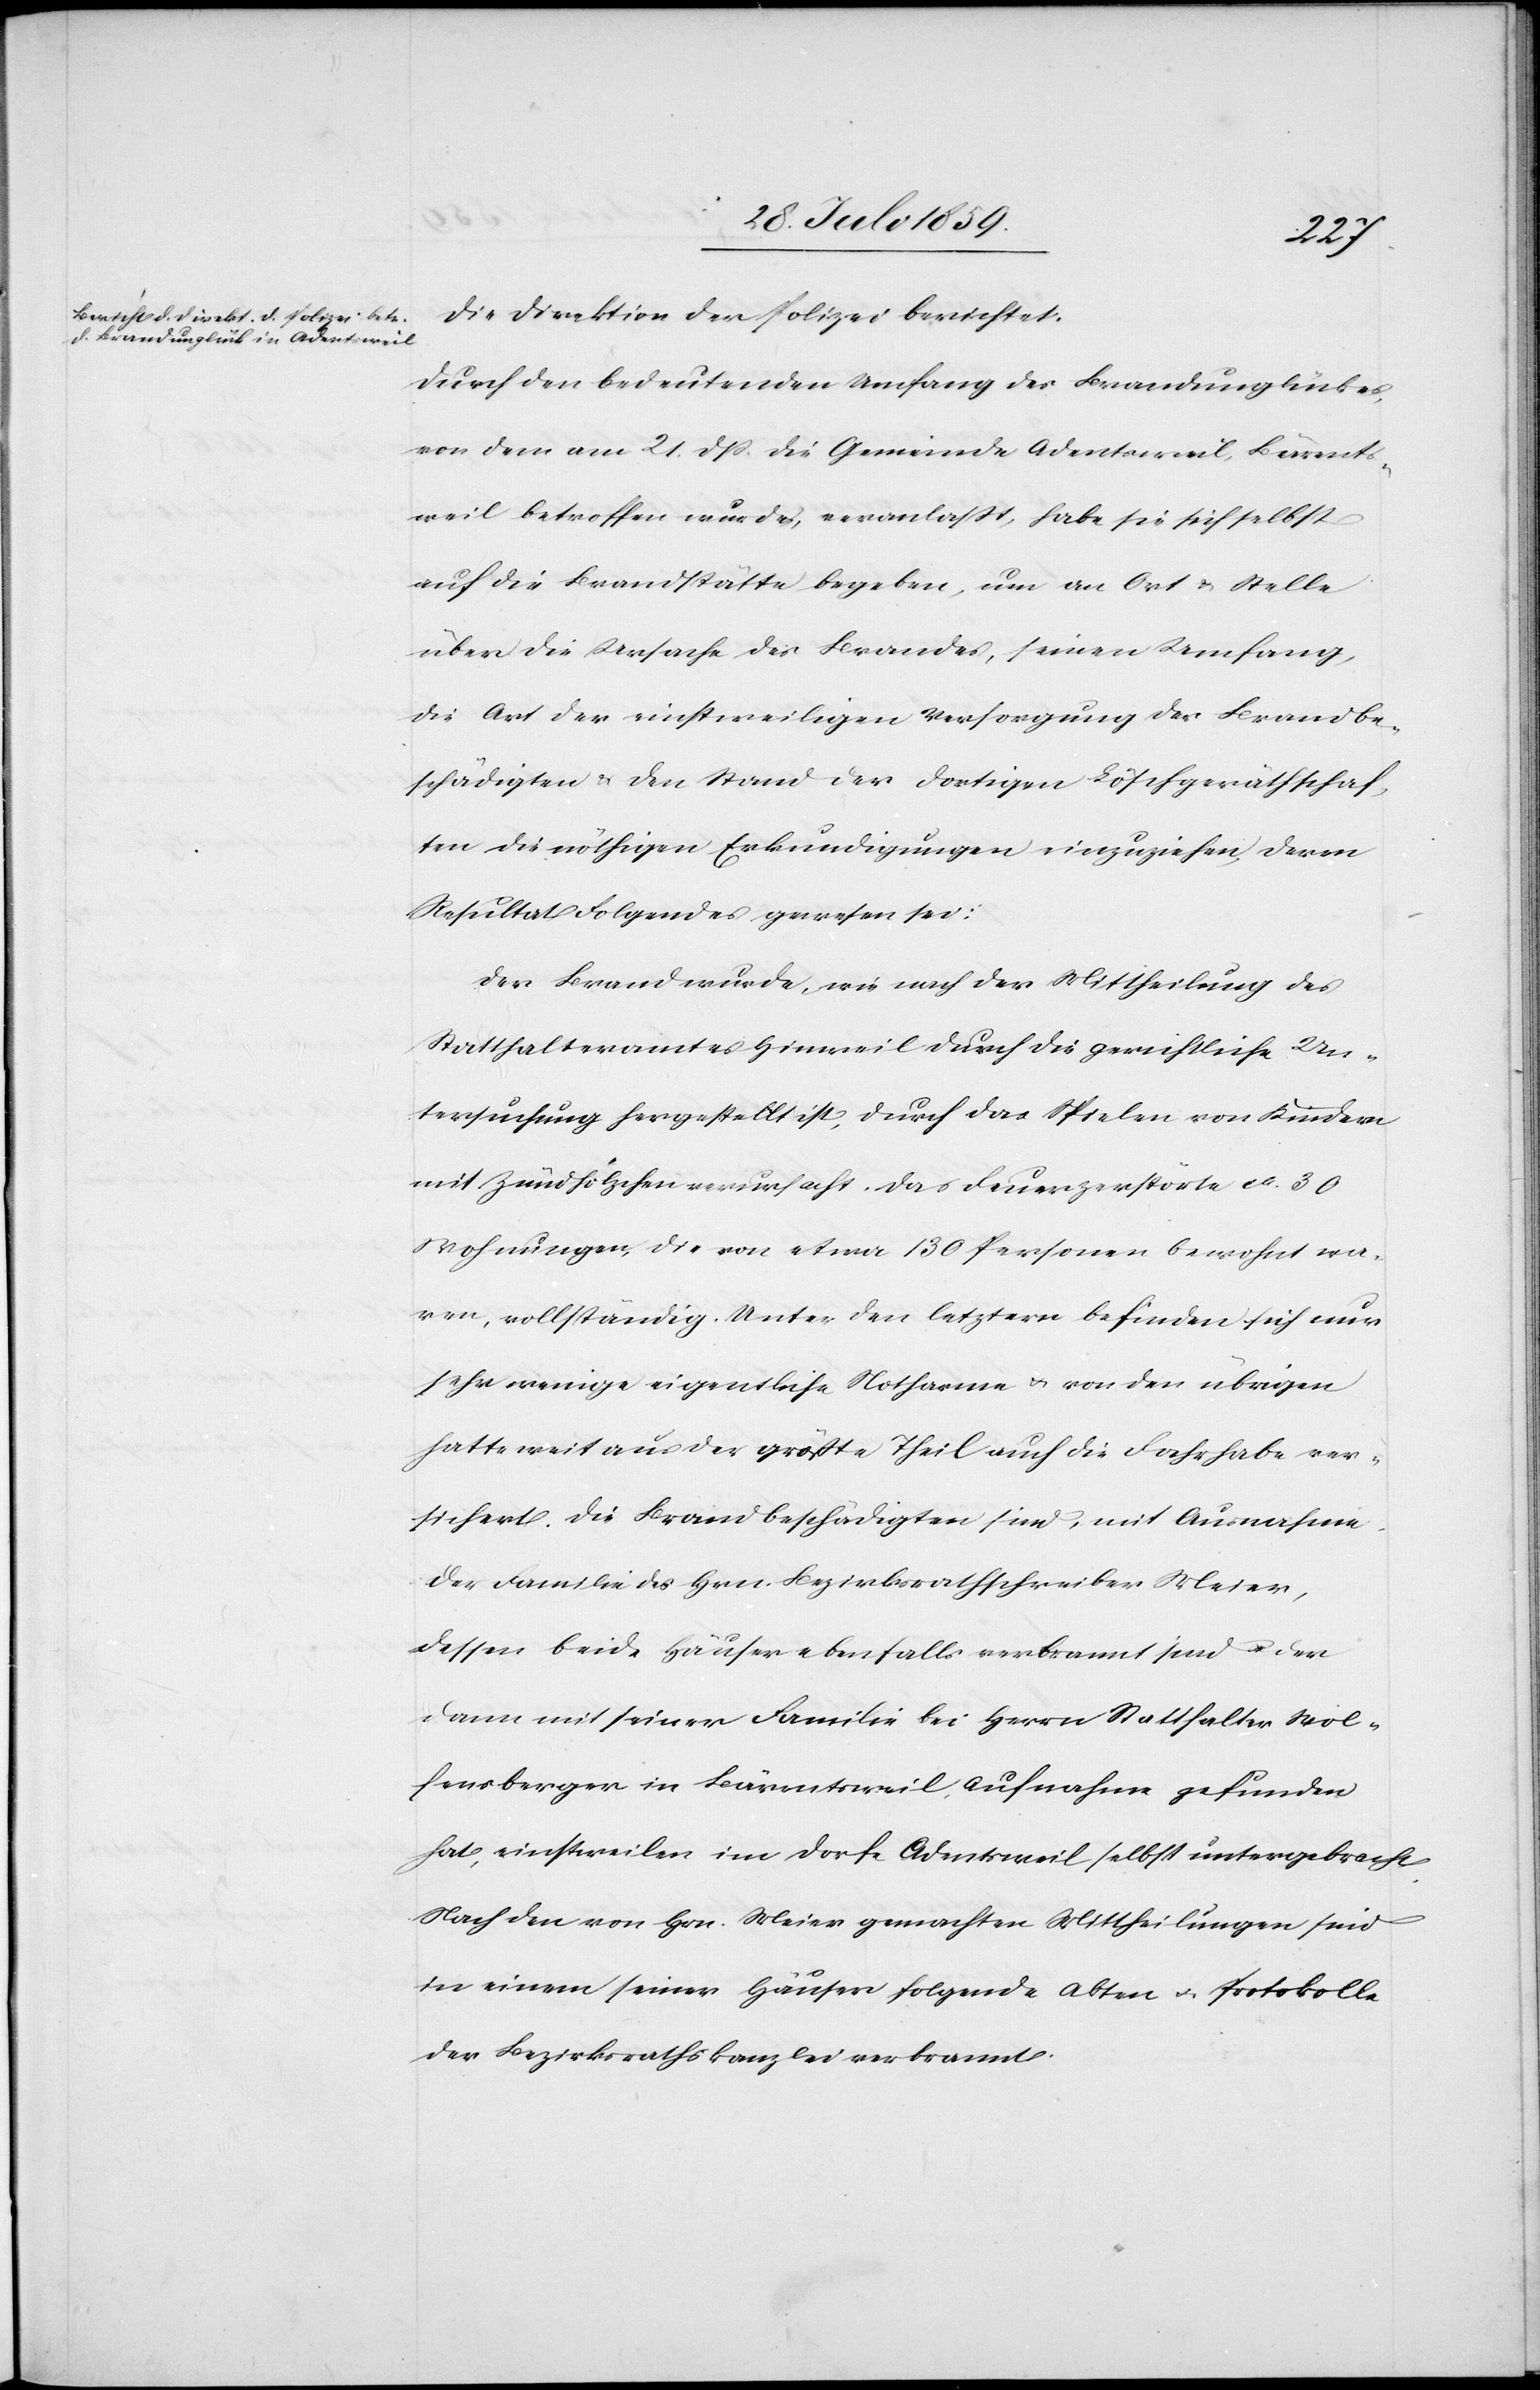
Die Direktion der Polizei berichtet.
Durch den bedeutenden Umfang des Brandunglückes,
von dem am 21. dß. die Gemeinde Adentsweil, Bärents¬
weil betroffen wurde, veranlaßt, habe sie sich selbst
auf die Brandstätte begeben, um an Ort u. Stelle
über die Ursache des Brandes, seinen Umfang,
die Art der einstweiligen Versorgung der Brandbe¬
schädigten u. den Stand der dortigen Löschgeräthschaf¬
ten die nöthigen Erkundigungen einzuziehen, deren
Resultat Folgendes gewesen sei:
Der Brand wurde wie nach der Mittheilung des
Statthalteramtes Hinweil durch die gerichtliche Un¬
tersuchung hergestellt ist, durch das Spielen von Kindern
mit Zündhölzchen verursacht. Das Feuer zerstörte ca. 30
Wohnungen, die von etwa 130 Personen bewohnt wa¬
ren, vollständig. Unter den letztern befinden sich nur
sehr wenige eigentliche Notharme u. von den übrigen
hatte weit aus der größte Theil auch die Fahrhabe ver¬
sichert. die Brandbeschädigten sind, mit Ausnahme
der Familie des Hrn. Bezirksrathschreiber Meier,
dessen beide Häuser ebenfalls verbrannt sind u. der
dann mit seiner Familie bei Herrn Statthalter Wol¬
fensberger in Bärentsweil Aufnahme gefunden
hat, einstweilen im Dorfe Adentsweil selbst untergebracht.
Nach den von Hrn. Meier gemachten Mittheilungen sind
in einem seiner Häuser folgende Akten u. Protokolle
der Bezirksrathskanzlei verbrannt.